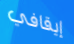
إيقافي